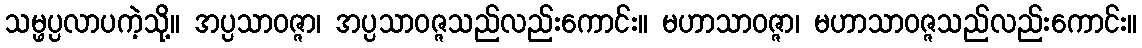
သမ္ဖပ္ပလာပကဲ့သို့။ အပ္ပသာဝဇ္ဇာ၊ အပ္ပသာဝဇ္ဇသည်လည်းကောင်း။ မဟာသာဝဇ္ဇာ၊ မဟာသာဝဇ္ဇသည်လည်းကောင်း။